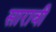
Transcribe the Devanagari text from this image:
सारावी